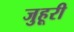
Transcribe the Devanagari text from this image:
जुहूरी